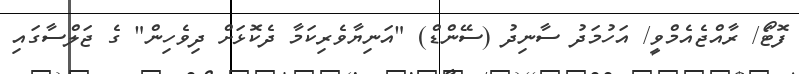
ފޮޓޯަ/ ރާއްޖެއެމްވީ/ އަހުމަދު ސާނިދު (ސޭންޑް) "އަނިޔާވެރިކަމާ ދެކޮޅަށް ދިވެހިން" ގެ ޖަލްސާގައި